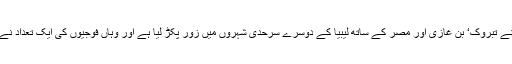
ایک اندازے کے مطابق قذافی مخالف تحریک نے تبروک‘ بن غازی اور مصر کے ساتھ لیبیا کے دوسرے سرحدی شہروں میں زور پکڑ لیا ہے اور وہاں فوجیوں کی ایک تعداد نے بھی بغاوت کا ساتھ دینے کا اعلان کردیا ہے۔